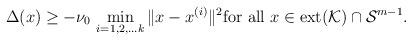
LaTeX: \begin{align*} \Delta(x) \geq -\nu_0\,\min_{i=1,2,\ldots k}\|x-x^{(i)}\|^2\textup{for all $x\in \textup{ext}(\mathcal{K}) \cap \mathcal{S}^{m-1}$.}\end{align*}